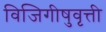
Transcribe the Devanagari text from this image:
विजिगीषुवृत्ती